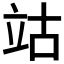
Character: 𥩪